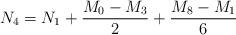
LaTeX: \begin{align*}N_4 = N_1 +{{M_0-M_3}\over 2}+{{M_8-M_1}\over 6}\end{align*}